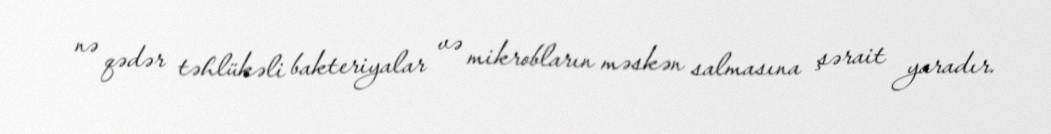
nə qədər təhlükəli bakteriyalar və mikrobların məskən salmasına şərait yaradır.